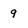
Character: 9